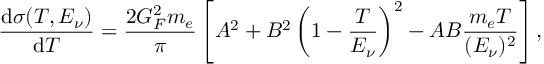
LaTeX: \frac { \mathrm { d } \sigma ( T , E _ { \nu } ) } { \mathrm { d } T } = \frac { 2 G _ { F } ^ { 2 } m _ { e } } { \pi } \left[ A ^ { 2 } + B ^ { 2 } \left( 1 - \frac { T } { E _ { \nu } } \right) ^ { 2 } - A B \frac { m _ { e } T } { ( E _ { \nu } ) ^ { 2 } } \right] ,